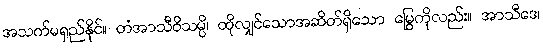
အသက်မရှည်နိုင်။ တံအာသီဝိသမ္ပိ၊ ထိုလျှင်သောအဆိတ်ရှိသော မြွေကိုလည်း။ အာသီဒေ၊